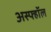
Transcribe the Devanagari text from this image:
अस्फ्हॉल